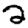
Digit: 2